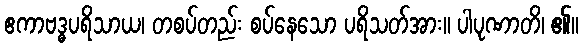
ဧကာဗဒ္ဓပရိသာယ၊ တစပ်တည်း စပ်နေသော ပရိသတ်အား။ ပါပုဏာတိ၊ ၏။